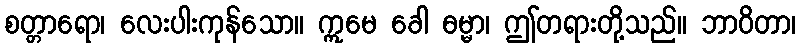
စတ္တာရော၊ လေးပါးကုန်သော။ ဣမေ ခေါ ဓမ္မာ၊ ဤတရားတို့သည်။ ဘာဝိတာ၊